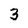
Character: 3